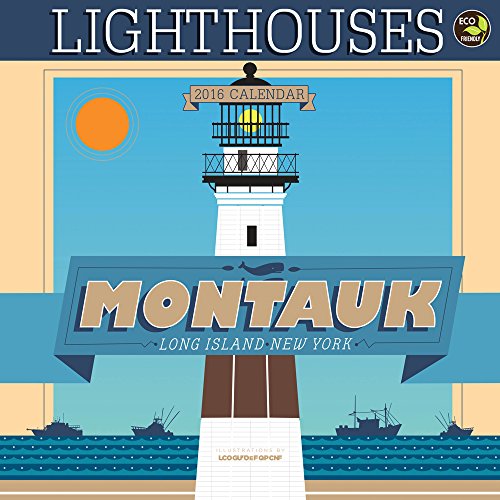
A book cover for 2016 Art of Lighthouses Wall Calendar; James McDonald; Calendars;